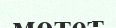
мотет